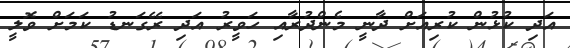
އަދި ކުޅުން ކުރިއަށް ދާނީ މެންދުރާއި ހަވީރު އަދި ރޭގަނޑު ކަމަށް ވޮލީ